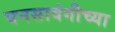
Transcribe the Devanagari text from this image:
घनसावंगीच्या